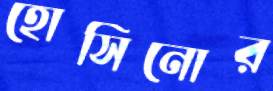
হোসিনোর